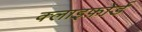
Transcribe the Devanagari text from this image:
क्लाइफ़ोर्ड